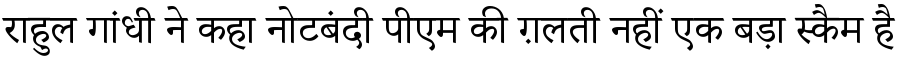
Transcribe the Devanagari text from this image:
राहुल गांधी ने कहा नोटबंदी पीएम की ग़लती नहीं एक बड़ा स्कैम है